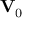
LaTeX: \mathbf { V } _ { 0 }